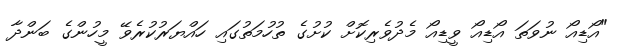
"އޯޑިއޯ ނުވަތަ އޯޑިއޯ ވީޑިއޯ މެދުވެރިކޮށް ކުށުގެ ތުހުމަތުގައި ހައްޔަރުކުރެވޭ މީހުންގެ ބަންދާ